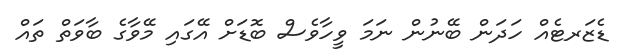
ޑެޒަރޓެއް ހަދަން ބޭނުން ނަމަ ވީހާވެސް ބޮޑަށް އޭގައި މޭވާގެ ބާވަތް ތައް